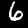
Label: 6